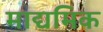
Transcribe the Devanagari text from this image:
माद्यमिक